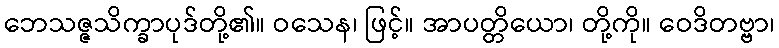
ဘေသဇ္ဇသိက္ခာပုဒ်တို့၏။ ဝသေန၊ ဖြင့်။ အာပတ္တိယော၊ တို့ကို။ ဝေဒိတဗ္ဗာ၊